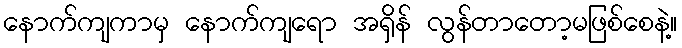
နောက်ကျကာမှ နောက်ကျရော အရှိန် လွန်တာတော့မဖြစ်စေနဲ့။